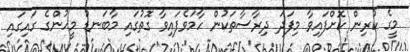
މީގެ ކުރިން ކޮށްފައިވާ މިފަދަ ދިރާސާތަކުން ހާމަވެފައިވާ ގޮތުގައި މާބަނޑު މީހުންގެ ގައިގައި